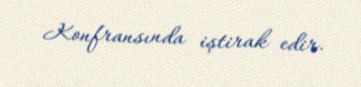
Konfransında iştirak edir.